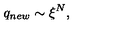
q _ { n e w } \sim \xi ^ { N } ,